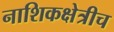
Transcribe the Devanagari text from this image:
नाशिकक्षेत्रीच